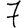
Digit: 7